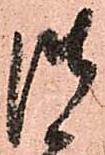
御